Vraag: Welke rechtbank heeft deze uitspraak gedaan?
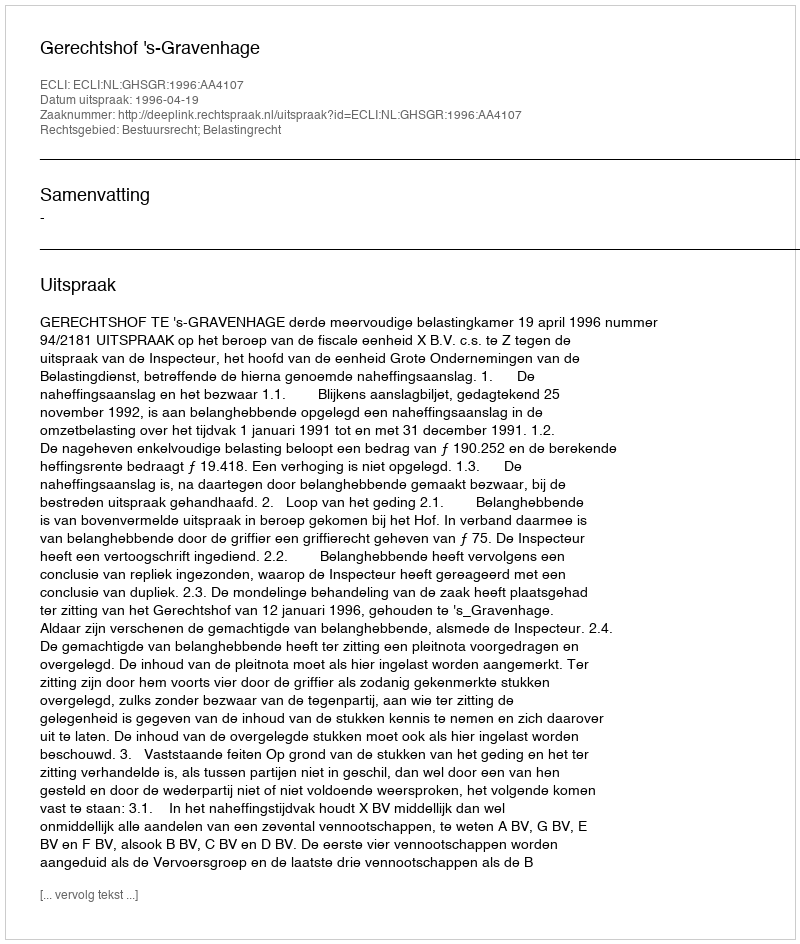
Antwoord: Gerechtshof 's-Gravenhage